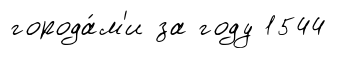
города́м'и за году 1544